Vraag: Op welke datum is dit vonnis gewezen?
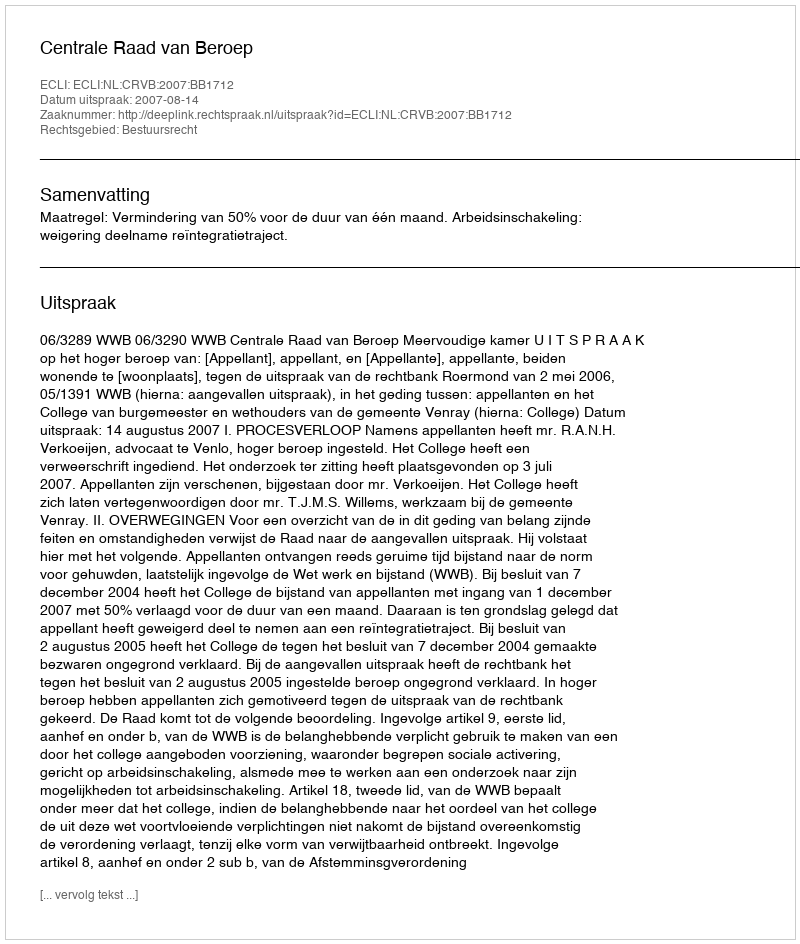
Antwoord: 2007-08-14